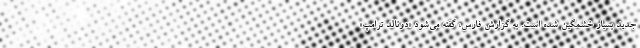
جدید بسیار خشمگین شده است. به گزارش فارس، گفته می‌شود «دونالد ترامپ»